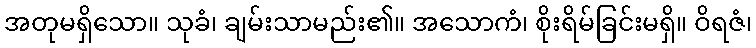
အတုမရှိသော။ သုခံ၊ ချမ်းသာမည်း၏။ အသောကံ၊ စိုးရိမ်ခြင်းမရှိ။ ဝိရဇံ၊